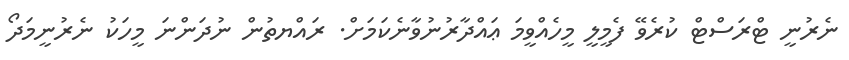
ނެރުނީ ޓްރަސްޓް ކުރެވޭ ފެމީލީ މީހެއްވީމަ ޢައްދާރުނުވާނެކަމަށް. ރައްޔތުން ނުދަންނަ މީހަކު ނެރުނީމަދޯ